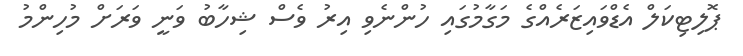
ޕޮލިޓިކަލް އެޑްވައިޒަރެއްގެ މަގާމުގައި ހުންނެވި އިރު ވެސް ޝިހާބު ވަނީ ވަރަށް މުހިންމު